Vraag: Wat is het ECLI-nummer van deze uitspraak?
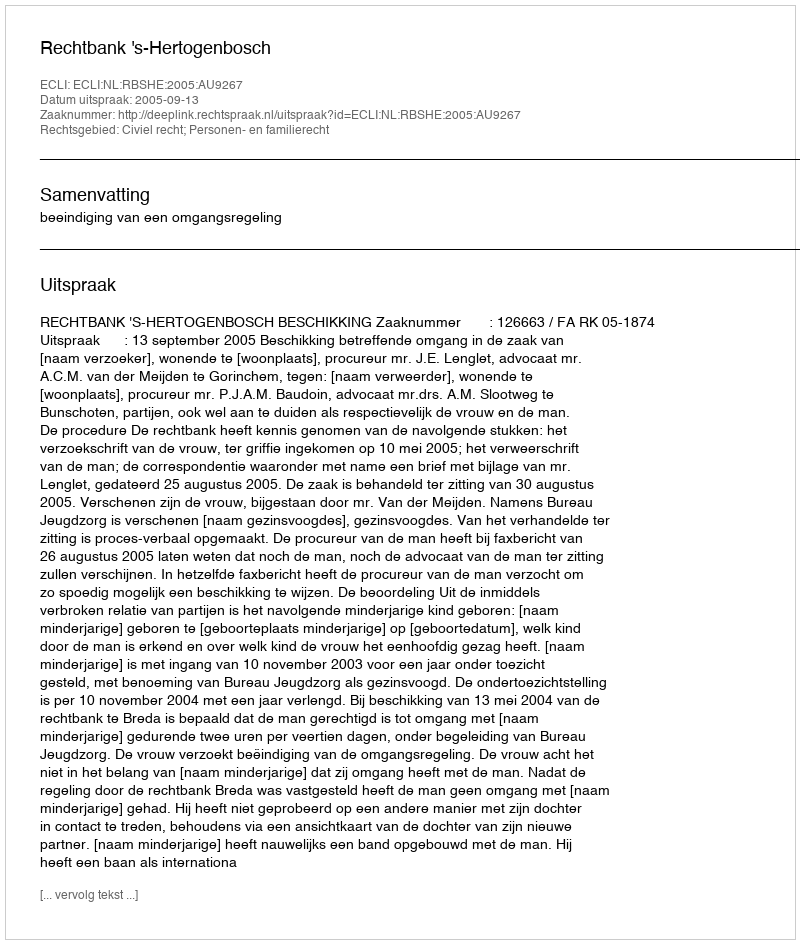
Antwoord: ECLI:NL:RBSHE:2005:AU9267